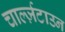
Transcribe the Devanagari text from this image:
चार्ल्ज़टाउन